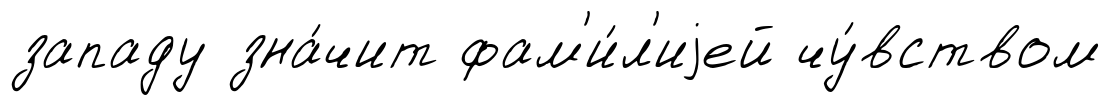
западу зна́чит фам'и́л'иjей чу́вством